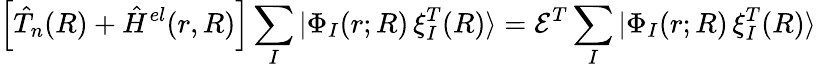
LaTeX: \Big[\hat{T}_{n}(R)+\hat{H}^{el}(r,R)\Big]\sum_{I}|\Phi_{I}(r;R)\, \mathbf{\xi}_{I}^{T}(R)\rangle=\mathcal{E}^{T}\sum_{I}|\Phi_{I}(r;R)\, \mathbf{\xi}_{I}^{T}(R)\rangle